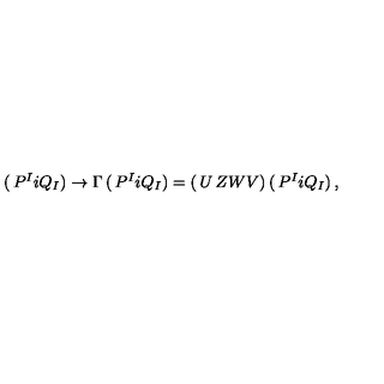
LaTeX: \left( \begin{matrix} { P ^ { I } } \\ { i Q _ { I } } \\ \end{matrix} \right) \rightarrow \Gamma \left( \begin{matrix} { P ^ { I } } \\ { i Q _ { I } } \\ \end{matrix} \right) = \left( \begin{matrix} { U } & { Z } \\ { W } & { V } \\ \end{matrix} \right) \left( \begin{matrix} { P ^ { I } } \\ { i Q _ { I } } \\ \end{matrix} \right) ,